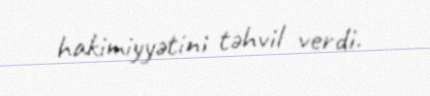
hakimiyyətini təhvil verdi.